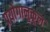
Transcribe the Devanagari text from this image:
प्रयोगानुकूल